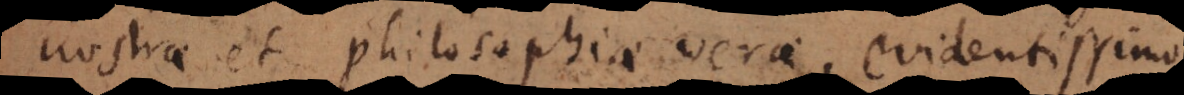
nostrae philosophiae verae, evidentissimo